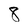
Character: 8